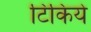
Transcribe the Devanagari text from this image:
टिकिये